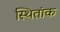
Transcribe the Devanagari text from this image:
स्थितांक